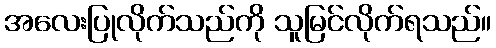
အလေးပြုလိုက်သည်ကို သူမြင်လိုက်ရသည်။